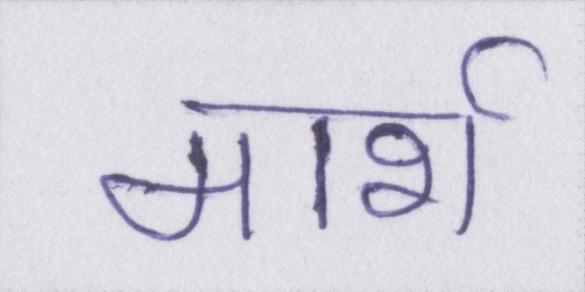
मार्श